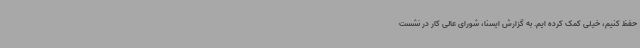
حفظ کنیم، خیلی کمک کرده ایم. به گزارش ایسنا، شورای عالی کار در نشست